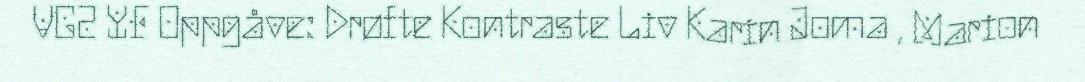
VG2 YF Oppgåve: Drøfte Kontraste Liv Karin Joma , Marion